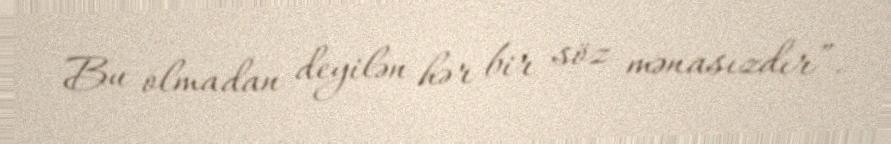
Bu olmadan deyilən hər bir söz mənasızdır”.